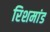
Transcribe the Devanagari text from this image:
रिशमांड